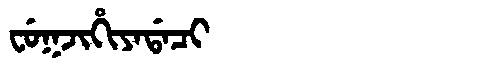
Manchu: ᠸᡠᡴᠵᡳᡥᡳᠶᠠᡩᠠᠴᡳ
Romanization: FUKJIHIYADACI